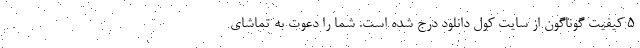
5 کیفیت گوناگون از سایت کول دانلود درج شده است. شما را دعوت به تماشای